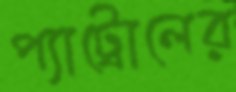
প্যাট্রোলের